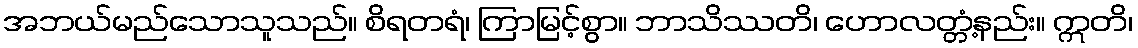
အဘယ်မည်သောသူသည်။ စိရတရံ၊ ကြာမြင့်စွာ။ ဘာသိဿတိ၊ ဟောလတ္တံ့နည်း။ ဣတိ၊